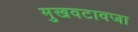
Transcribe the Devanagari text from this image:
मुखवटावजा